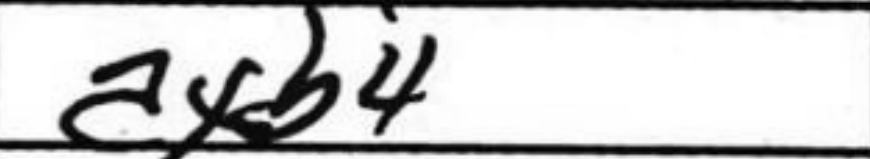
Transcription: axb4